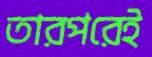
তারপরেই